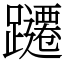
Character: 躚